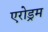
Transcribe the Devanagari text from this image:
एरोड्रम